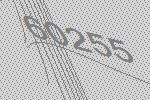
60255